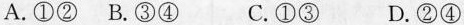
A.①② B.③④ C.①③ D.②④